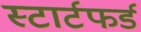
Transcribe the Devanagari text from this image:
स्टार्टफर्ड